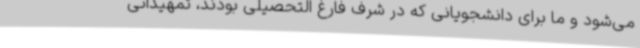
می‌شود و ما برای دانشجویانی که در شرف فارغ التحصیلی بودند، تمهیداتی